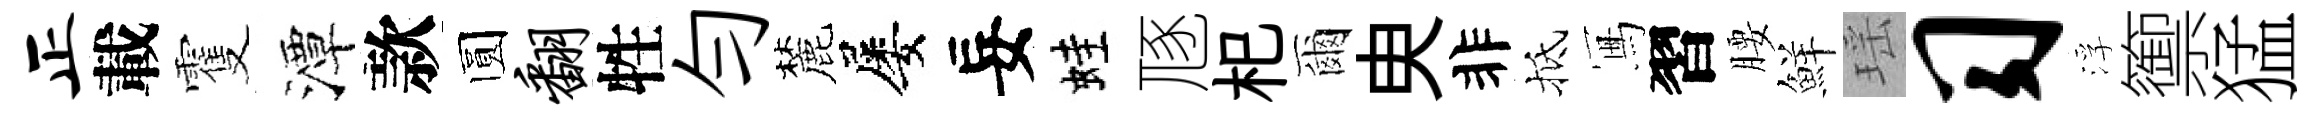
正載䨥潭款圆翻牲勻麓屡妄蛙豗𣏌爾㬰非抵冩習腰鮮瑶习浮籞猛